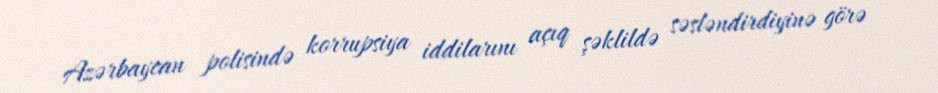
Azərbaycan polisində korrupsiya iddilarını açıq şəklildə səsləndirdiyinə görə